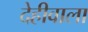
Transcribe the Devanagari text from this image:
देहीवाला